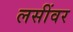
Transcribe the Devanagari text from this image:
लसींवर